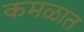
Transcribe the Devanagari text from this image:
कमळात